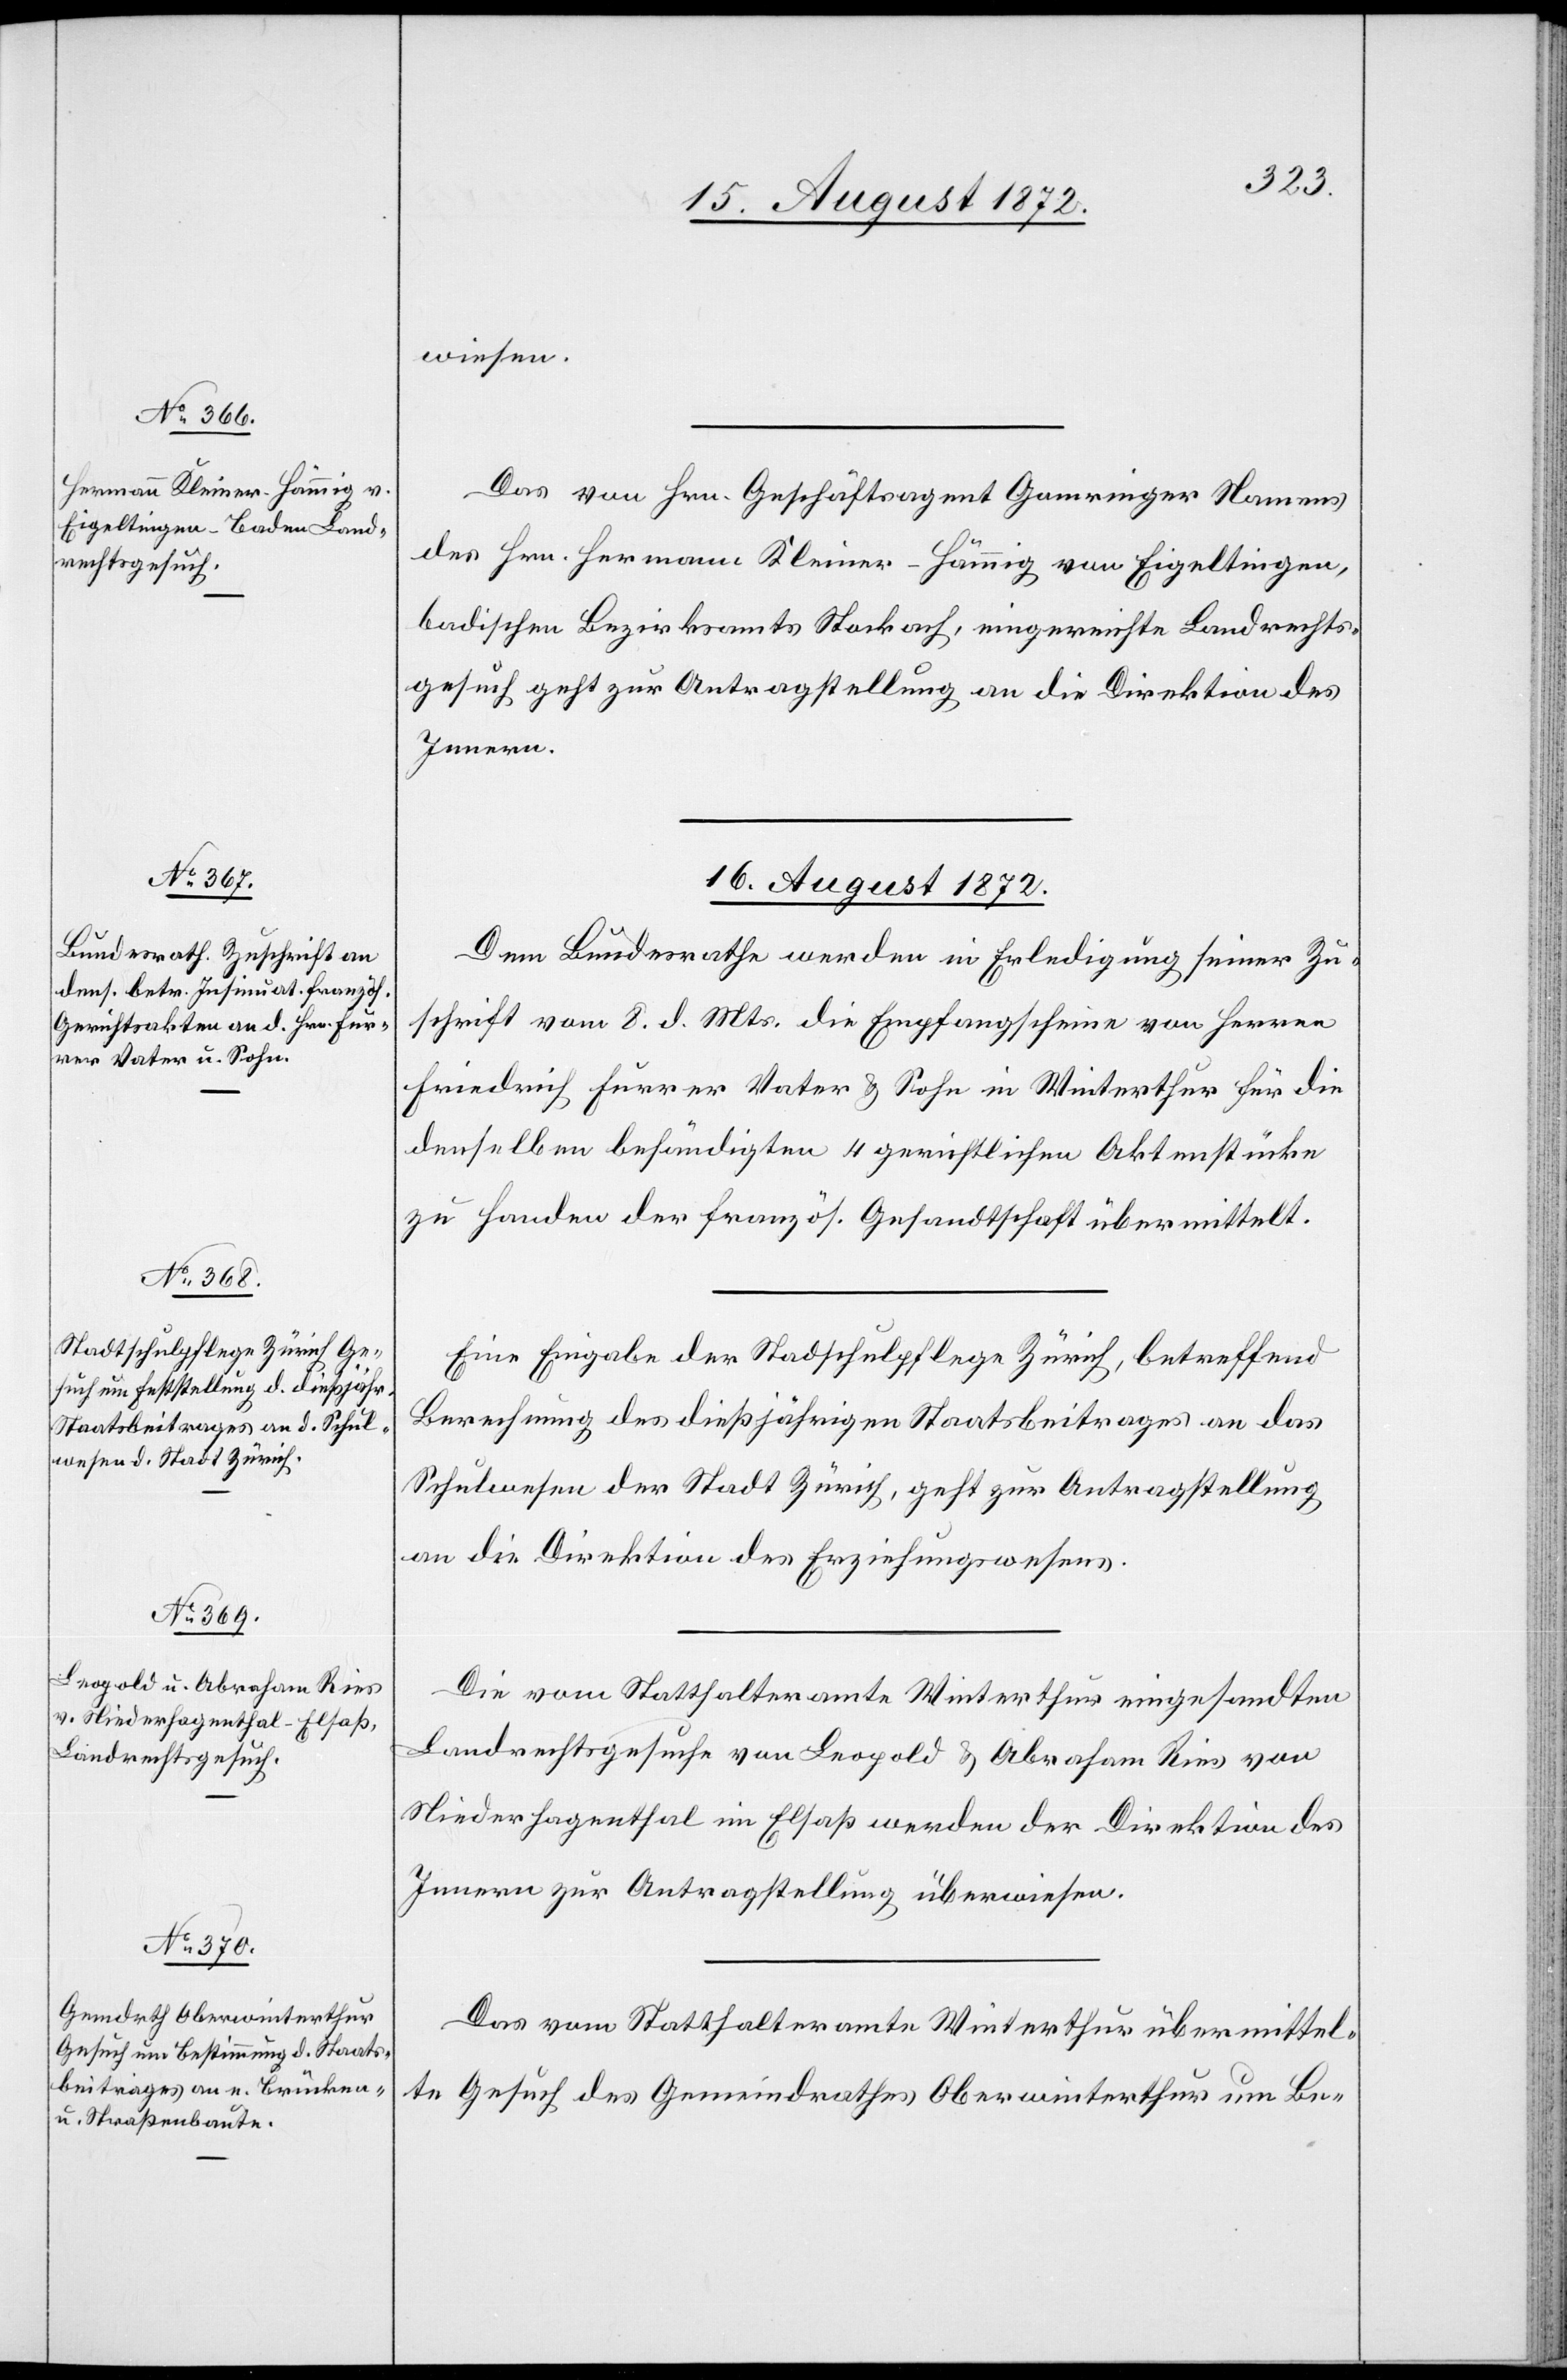
15. August 1872.]
wiesen.
Das von Hrn. Geschäftsagent Gamringer Namens
des Hrn. Hermann Kleiner-Hämmig von Eigeltingen,
badischen Bezirksamts Stockach, eingereichte Landrechts¬
gesuch geht zur Antragstellung an die Direktion des
Innern.
16. August 1872.]
Dem Bundesrathe werden in Erledigung seiner Zu¬
schrift vom 8. d. Mts. die Empfangscheine von Herren
Friedrich Furrer Vater u. Sohn in Winterthur für die
denselben behändigten 4 gerichtlichen Aktenstücke
zu Handen der französ. Gesandtschaft übermittelt.
Eine Eingabe der Stadtschulpflege Zürich, betreffend
Berechnung des dießjährigen Staatsbeitrages an das
Schulwesen der Stadt Zürich, geht zur Antragstellung
an die Direktion des Erziehungswesens.
Die vom Statthalteramte Winterthur eingesandten
Landrechtsgesuche von Leopold u. Abraham Ries von
Niederhagenthal im Elsaß werden der Direktion des
Innern zur Antragstellung überwiesen.
Das vom Statthalteramte Winterthur übermittel¬
te Gesuch des Gemeindrathes Oberwinterthur um Be-